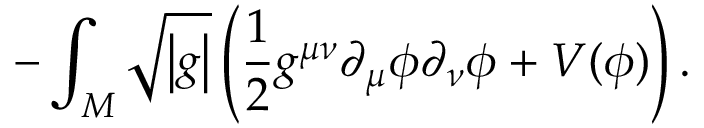
- \int _ { \cal M } \sqrt { \left| g \right| } \left( \frac { 1 } { 2 } g ^ { \mu \nu } \partial _ { \mu } \phi \partial _ { \nu } \phi + V ( \phi ) \right) .